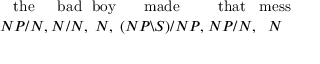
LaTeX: { { \mathrm { t h e } } \atop { N P / N , } } { { \mathrm { b a d } } \atop { N / N , } } { { \mathrm { b o y } } \atop { N , } } { { \mathrm { m a d e } } \atop { ( N P \backslash S ) / N P , } } { { \mathrm { t h a t } } \atop { N P / N , } } { { \mathrm { m e s s } } \atop { N } }